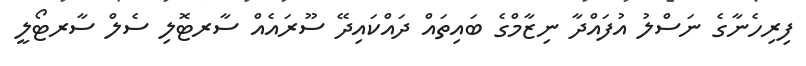
ފިރިހެނާގެ ނަސްލު އުފައްދާ ނިޒާމްގެ ބައިތައް ދައްކައިދޭ ސޫރައެއް ސާރޓޮލި ސެލް ސާރޓޯލީ